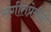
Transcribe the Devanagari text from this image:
संगीतप्रेमींनी